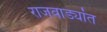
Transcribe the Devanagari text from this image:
राजवाड्यांत